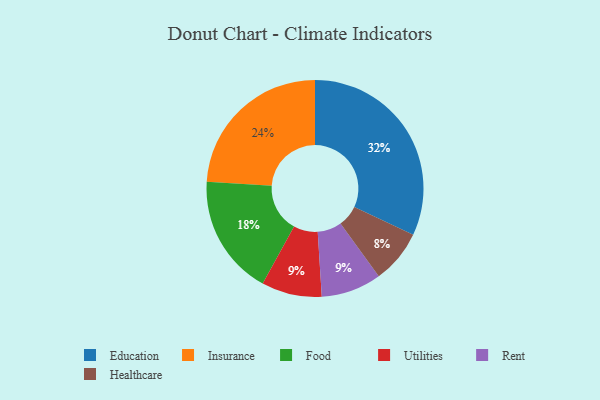
{"axis": {"x": "Category", "y": "Percentage"}, "legend": ["Education", "Food", "Healthcare", "Insurance", "Rent", "Utilities"], "data": [{"x": "Food", "y": 18, "type": "Food"}, {"x": "Insurance", "y": 24, "type": "Insurance"}, {"x": "Utilities", "y": 9, "type": "Utilities"}, {"x": "Rent", "y": 9, "type": "Rent"}, {"x": "Education", "y": 32, "type": "Education"}, {"x": "Healthcare", "y": 8, "type": "Healthcare"}]}